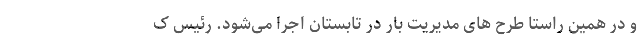
و در همین راستا طرح های مدیریت بار در تابستان اجرا می‌شود. رئیس ک